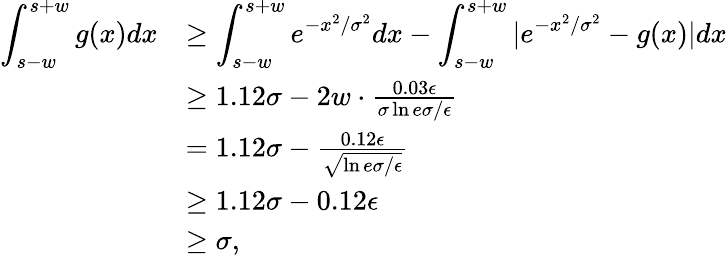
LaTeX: \begin{array}{rl}{\displaystyle\int_{s-w}^{s+w}g(x)dx}&{\ge\displaystyle\int_{s-w}^{s+w}e^{-x^{2}/\sigma^{2}}dx-\displaystyle\int_{s-w}^{s+w}|e^{-x^{2}/\sigma^{2}}-g(x)|dx}\\ &{\ge 1.12\sigma-2w\cdot\frac{0.03\epsilon}{\sigma\ln{e\sigma/\epsilon}}}\\ &{=1.12\sigma-\frac{0.12\epsilon}{\sqrt{\ln{e\sigma/\epsilon}}}}\\ &{\ge 1.12\sigma-0.12\epsilon}\\ &{\ge\sigma,}\end{array}